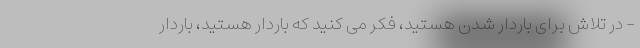
- در تلاش برای باردار شدن هستید، فکر می کنید که باردار هستید، باردار